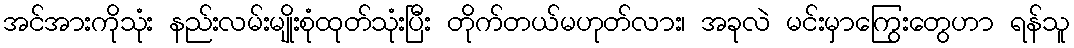
အင်အားကိုသုံး နည်းလမ်းမျိုးစုံထုတ်သုံးပြီး တိုက်တယ်မဟုတ်လား၊ အခုလဲ မင်းမှာကြွေးတွေဟာ ရန်သူ